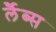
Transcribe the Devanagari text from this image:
र्लैब्स